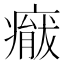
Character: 𱱢